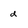
Character: d